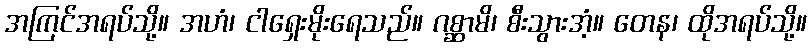
အကြင်အရပ်သို့။ အဟံ၊ ငါရှေးမိုးရေသည်။ ဂစ္ဆာမိ၊ စီးသွားအံ့။ တေန၊ ထိုအရပ်သို့။